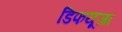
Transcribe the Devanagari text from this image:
डिफयूजा